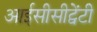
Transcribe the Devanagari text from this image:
आईसीसीट्वेंटी